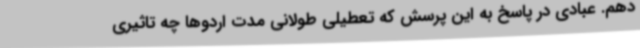
دهم. عبادی در پاسخ به این پرسش که تعطیلی طولانی مدت اردوها چه تاثیری